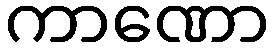
ကာဏော